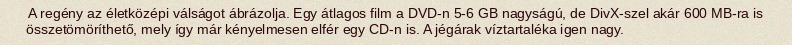
A regény az életközépi válságot ábrázolja. Egy átlagos film a DVD-n 5-6 GB nagyságú, de DivX-szel akár 600 MB-ra is összetömöríthető, mely így már kényelmesen elfér egy CD-n is. A jégárak víztartaléka igen nagy.